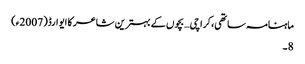
ماہنامہ ساتھی،کراچی… بچوں کے بہترین شاعر کا ایوارڈ(2007ء)
8۔